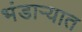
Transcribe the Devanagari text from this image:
भंडाऱ्यात